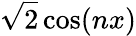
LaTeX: {\sqrt{2}}\cos(nx)